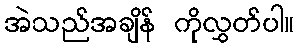
အဲသည်အချိန် ကိုလွှတ်ပါ။